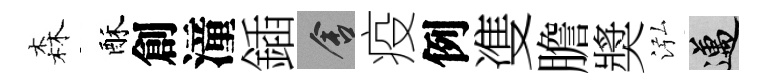
森酥創潼鍤舍疫例㕠膽奬泓邁